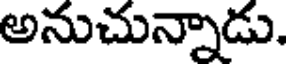
అనుచున్నాడు.